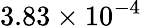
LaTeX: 3.83\times 10^{-4}